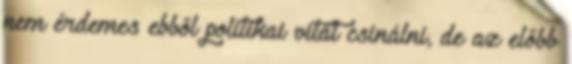
nem érdemes ebből politikai vitát csinálni, de az előbb